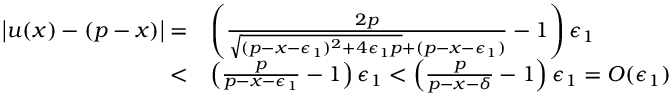
\begin{array} { r l } { \left| u ( x ) - ( p - x ) \right| = } & { \left( \frac { 2 p } { \sqrt { ( p - x - \epsilon _ { 1 } ) ^ { 2 } + 4 \epsilon _ { 1 } p } + ( p - x - \epsilon _ { 1 } ) } - 1 \right) \epsilon _ { 1 } } \\ { < } & { \left( \frac { p } { p - x - \epsilon _ { 1 } } - 1 \right) \epsilon _ { 1 } < \left( \frac { p } { p - x - \delta } - 1 \right) \epsilon _ { 1 } = O ( \epsilon _ { 1 } ) \ } \end{array}